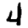
Digit: 4